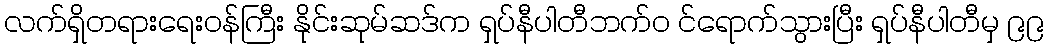
လက်ရှိတရားရေးဝန်ကြီး နိုင်းဆုမ်ဆဒ်က ရှပ်နီပါတီဘက်ဝ င်ရောက်သွားပြီး ရှပ်နီပါတီမှ ၉၉